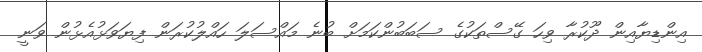
އިންޑިޔާއިން ދޫކުރާ ވިހަ ގޭސްތަކުގެ ސަބަބުންކަމަށް ބުނެ މައްސަލަ ހައްލުކުރަން ފިޔަވަޅުއެޅުން ވަނީ